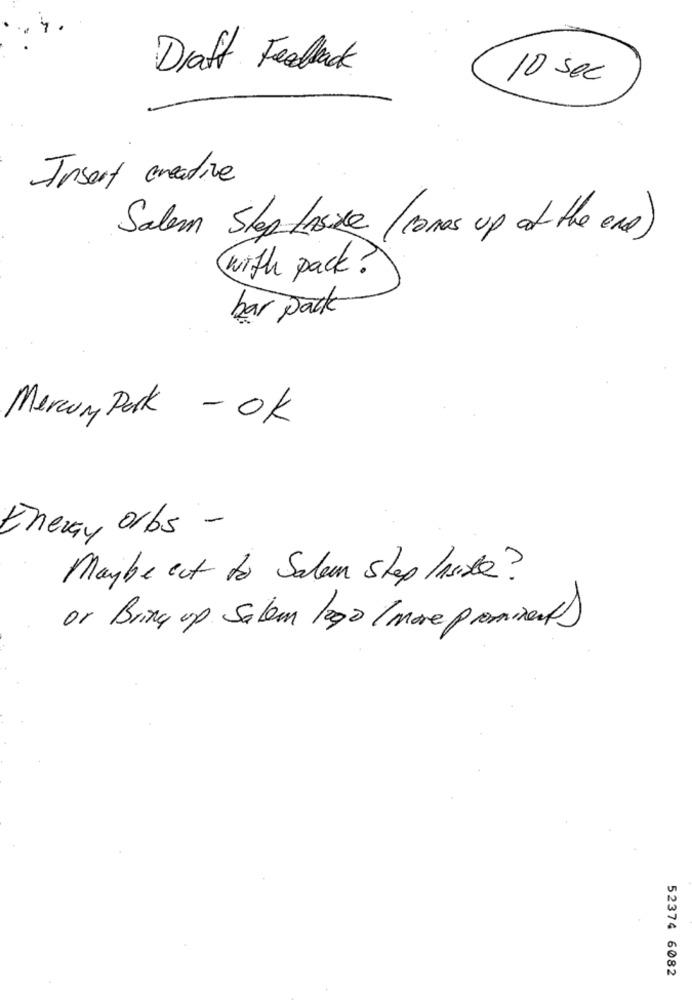
Draft Feallenck
10 sec
Insert creative
Salem Skep tasice (comes up at the end)
with pack?
bar pack
Mercy Park - OK
orbs -
Energy
Maybe out to Salam step Inside?
or Bring up Salem logo ( more prominent)
52374 6082